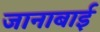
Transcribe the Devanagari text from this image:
जानाबाई